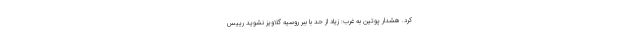
کرد. هشدار پوتین به غرب: زیاد از حد با ببر روسیه گلاویز نشوید رییس